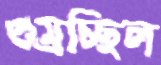
গুম্‌রচ্ছিল